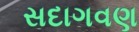
સદાગવણ